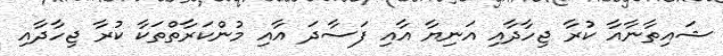
ޝައިތާނާއާ ކުރާ ޖިހާދާއި އަނިޔާ އާއި ފަސާދަ އާއި މުންކަރާތްތަކާ ކުރާ ޖިހާދާއި